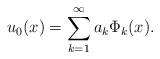
LaTeX: \begin{align*}u_{0}(x)=\sum_{k=1}^{\infty} a_{k} \Phi_{k}(x).\end{align*}